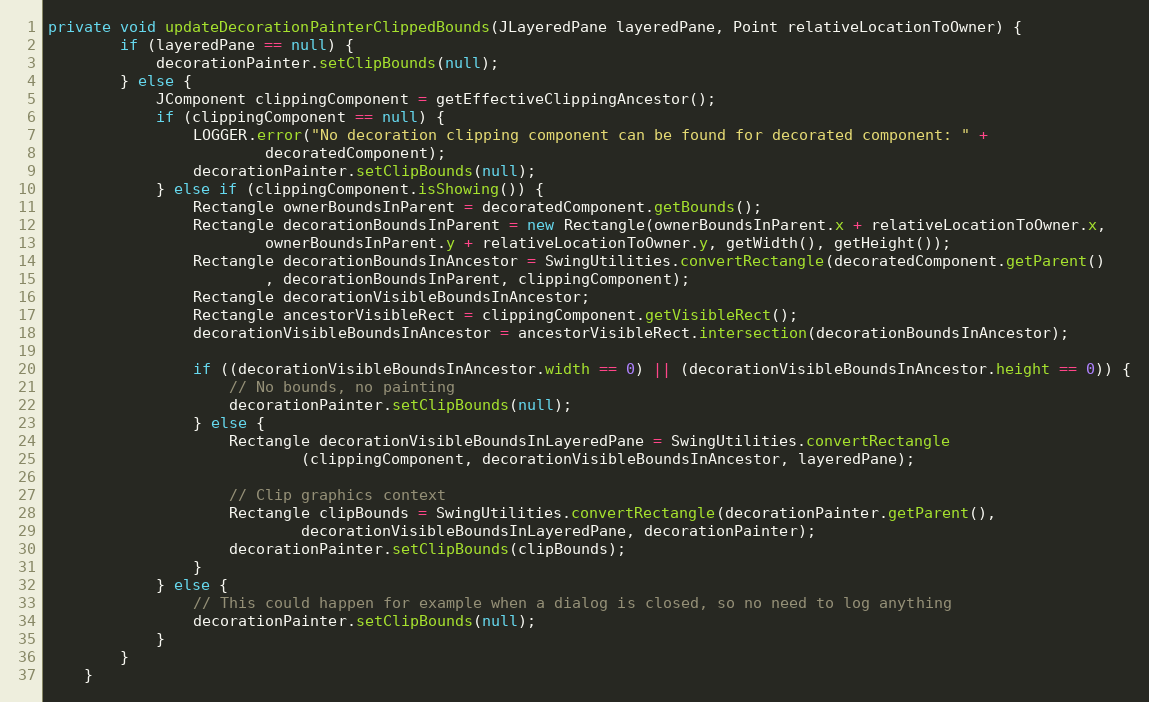
Language: Java
private void updateDecorationPainterClippedBounds(JLayeredPane layeredPane, Point relativeLocationToOwner) {
        if (layeredPane == null) {
            decorationPainter.setClipBounds(null);
        } else {
            JComponent clippingComponent = getEffectiveClippingAncestor();
            if (clippingComponent == null) {
                LOGGER.error("No decoration clipping component can be found for decorated component: " +
                        decoratedComponent);
                decorationPainter.setClipBounds(null);
            } else if (clippingComponent.isShowing()) {
                Rectangle ownerBoundsInParent = decoratedComponent.getBounds();
                Rectangle decorationBoundsInParent = new Rectangle(ownerBoundsInParent.x + relativeLocationToOwner.x,
                        ownerBoundsInParent.y + relativeLocationToOwner.y, getWidth(), getHeight());
                Rectangle decorationBoundsInAncestor = SwingUtilities.convertRectangle(decoratedComponent.getParent()
                        , decorationBoundsInParent, clippingComponent);
                Rectangle decorationVisibleBoundsInAncestor;
                Rectangle ancestorVisibleRect = clippingComponent.getVisibleRect();
                decorationVisibleBoundsInAncestor = ancestorVisibleRect.intersection(decorationBoundsInAncestor);

                if ((decorationVisibleBoundsInAncestor.width == 0) || (decorationVisibleBoundsInAncestor.height == 0)) {
                    // No bounds, no painting
                    decorationPainter.setClipBounds(null);
                } else {
                    Rectangle decorationVisibleBoundsInLayeredPane = SwingUtilities.convertRectangle
                            (clippingComponent, decorationVisibleBoundsInAncestor, layeredPane);

                    // Clip graphics context
                    Rectangle clipBounds = SwingUtilities.convertRectangle(decorationPainter.getParent(),
                            decorationVisibleBoundsInLayeredPane, decorationPainter);
                    decorationPainter.setClipBounds(clipBounds);
                }
            } else {
                // This could happen for example when a dialog is closed, so no need to log anything
                decorationPainter.setClipBounds(null);
            }
        }
    }